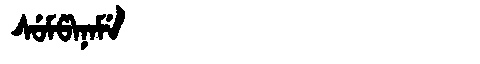
Manchu: ᠰᡠᠮᡦᠠᠨᠠᠮᡝ
Romanization: SUMPANAME